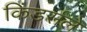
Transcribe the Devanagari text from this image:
किंडर्सले